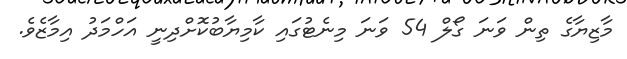
މާޒިޔާގެ ތިން ވަނަ ގޯލް 54 ވަނަ މިނެޓުގައި ކާމިޔާބުކޮށްދިނީ އަހްމަދު އިމާޒެވެ.